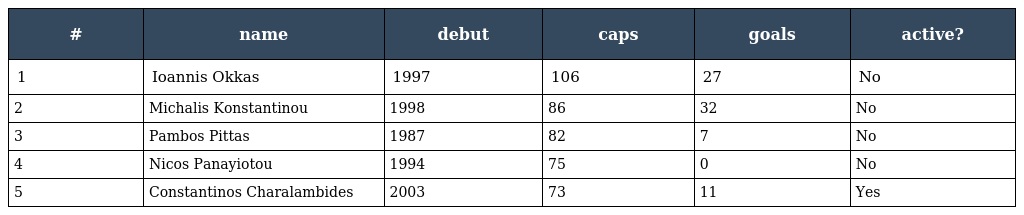
| # | name | debut | caps | goals | active? |
 | --- | --- | --- | --- | --- | --- |
 | 1 | Ioannis Okkas | 1997 | 106 | 27 | No |
 | 2 | Michalis Konstantinou | 1998 | 86 | 32 | No |
 | 3 | Pambos Pittas | 1987 | 82 | 7 | No |
 | 4 | Nicos Panayiotou | 1994 | 75 | 0 | No |
 | 5 | Constantinos Charalambides | 2003 | 73 | 11 | Yes |